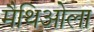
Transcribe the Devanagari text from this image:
मैथिओला